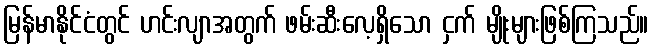
မြန်မာနိုင်ငံတွင် ဟင်းလျာအတွက် ဖမ်းဆီးလေ့ရှိသော ငှက် မျိုးများဖြစ်ကြသည်။